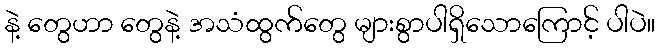
နဲ့ တွေဟာ တွေနဲ့ အသံထွက်တွေ များစွာပါရှိသောကြောင့် ပါပဲ။